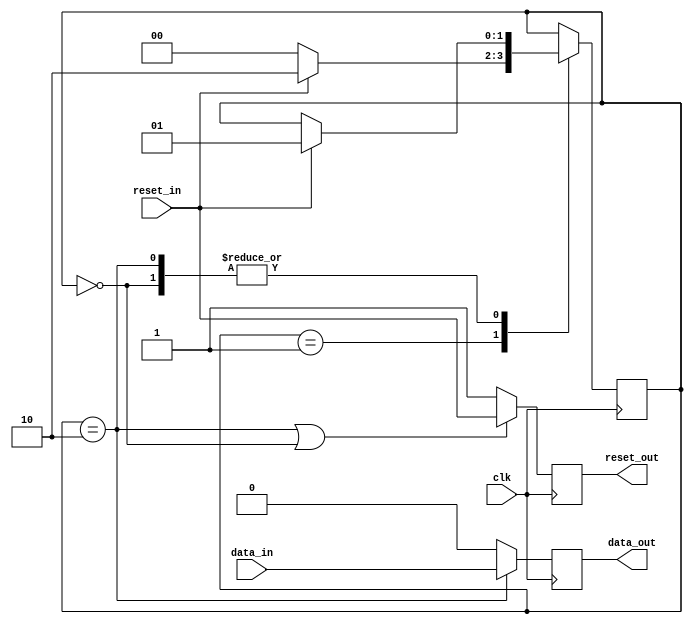
module Synchronizer_with_Reset (
    input wire clk,
    input wire reset_in,
    input wire data_in,
    output reg data_out,
    output reg reset_out
);

reg [1:0] sync_state;
parameter SYNC_STATE_IDLE = 2'b00;
parameter SYNC_STATE_SYNCING = 2'b01;
parameter SYNC_STATE_SYNCED = 2'b10;

always @(posedge clk) begin
    case (sync_state)
        SYNC_STATE_IDLE:
            begin
                if (reset_in == 1'b1)
                    sync_state <= SYNC_STATE_SYNCING;
            end
        SYNC_STATE_SYNCING:
            begin
                if (reset_in == 1'b0)
                    sync_state <= SYNC_STATE_IDLE;
                else
                    sync_state <= SYNC_STATE_SYNCED;
            end
        SYNC_STATE_SYNCED:
            begin
                if (reset_in == 1'b1)
                    sync_state <= SYNC_STATE_SYNCING;
            end
    endcase
end

always @(posedge clk) begin
    if (sync_state == SYNC_STATE_SYNCED)
        data_out <= data_in;
    else
        data_out <= 1'b0;
    
    if (sync_state == SYNC_STATE_SYNCED || sync_state == SYNC_STATE_IDLE)
        reset_out <= reset_in;
    else
        reset_out <= 1'b1;
end

endmodule